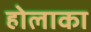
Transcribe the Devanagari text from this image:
होलाका